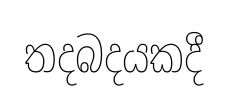
තදබදයකදී